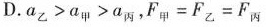
D. $$a _ { 甲 } ＞ a _ { 乙 } ＞ a _ { 丙 }$$，$$F _ { 甲 } = F _ { 乙 } = F _ { 丙 }$$